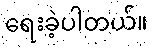
ရေးခဲ့ပါတယ်။